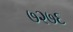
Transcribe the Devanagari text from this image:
७२७६